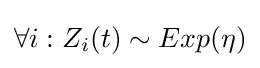
\forall i:Z_{i}(t)\sim Exp(\eta )